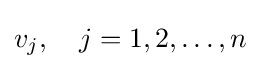
v_{j},\quad j=1,2,\ldots ,n